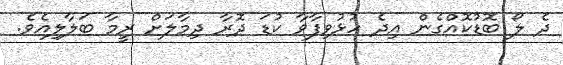
ދެ ލޯ ބޮޑުކޮއްގެން އިދެ ހުޅުވިފާވާ ކުޑަ ދޮރާ ދިމާލަށް ރީމާ ބަލާލިއެވެ.